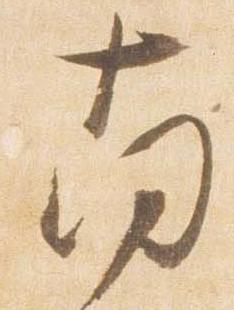
南